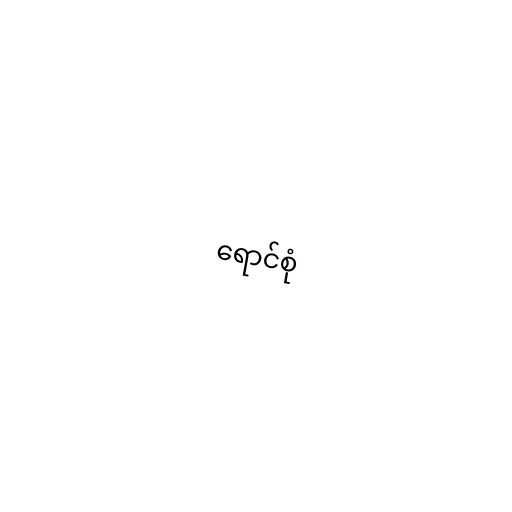
ရောင်စုံ